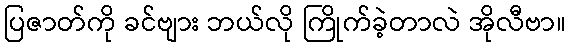
ပြဇာတ်ကို ခင်ဗျား ဘယ်လို ကြိုက်ခဲ့တာလဲ အိုလီဗာ။